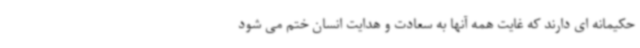
حکیمانه ای دارند که غایت همه آنها به سعادت و هدایت انسان ختم می شود